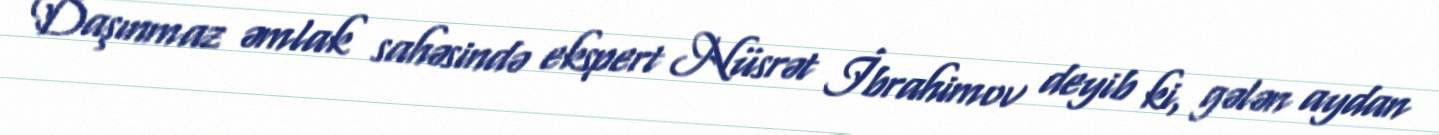
Daşınmaz əmlak sahəsində ekspert Nüsrət İbrahimov deyib ki, gələn aydan